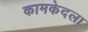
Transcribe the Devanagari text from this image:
कामकेदला